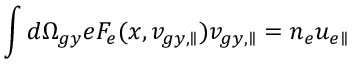
\int d \Omega _ { g y } e F _ { e } ( x , v _ { g y , \parallel } ) v _ { g y , \parallel } = n _ { e } u _ { e \parallel }